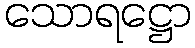
သောရဋ္ဌော